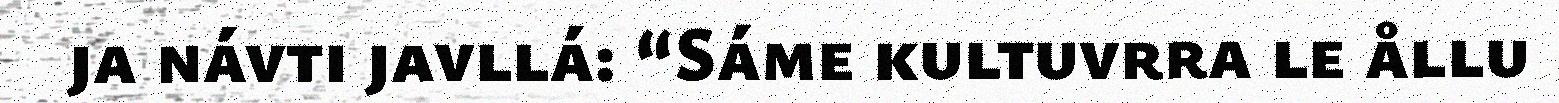
ja návti javllá: “Sáme kultuvrra le ållu